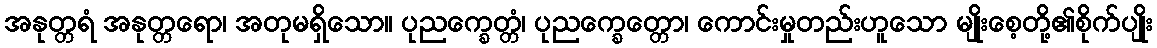
အနုတ္တရံ အနုတ္တရော၊ အတုမရှိသော။ ပုညက္ခေတ္တံ၊ ပုညက္ခေတ္တော၊ ကောင်းမှုတည်းဟူသော မျိုးစေ့တို့၏စိုက်ပျိုး